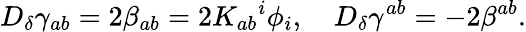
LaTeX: D_{\delta}\gamma_{ab}=2\beta_{ab}=2K_{ab}{^{i}}\phi_{i},\quad D_{\delta}\gamma^{ab}=-2\beta^{ab}.